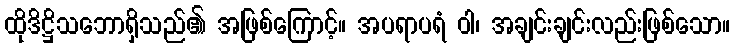
ထိုဒိဋ္ဌိသဘောရှိသည်၏ အဖြစ်ကြောင့်။ အပရာပရံ ဝါ၊ အချင်းချင်းလည်းဖြစ်သော။